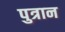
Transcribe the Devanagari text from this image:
पुत्रान